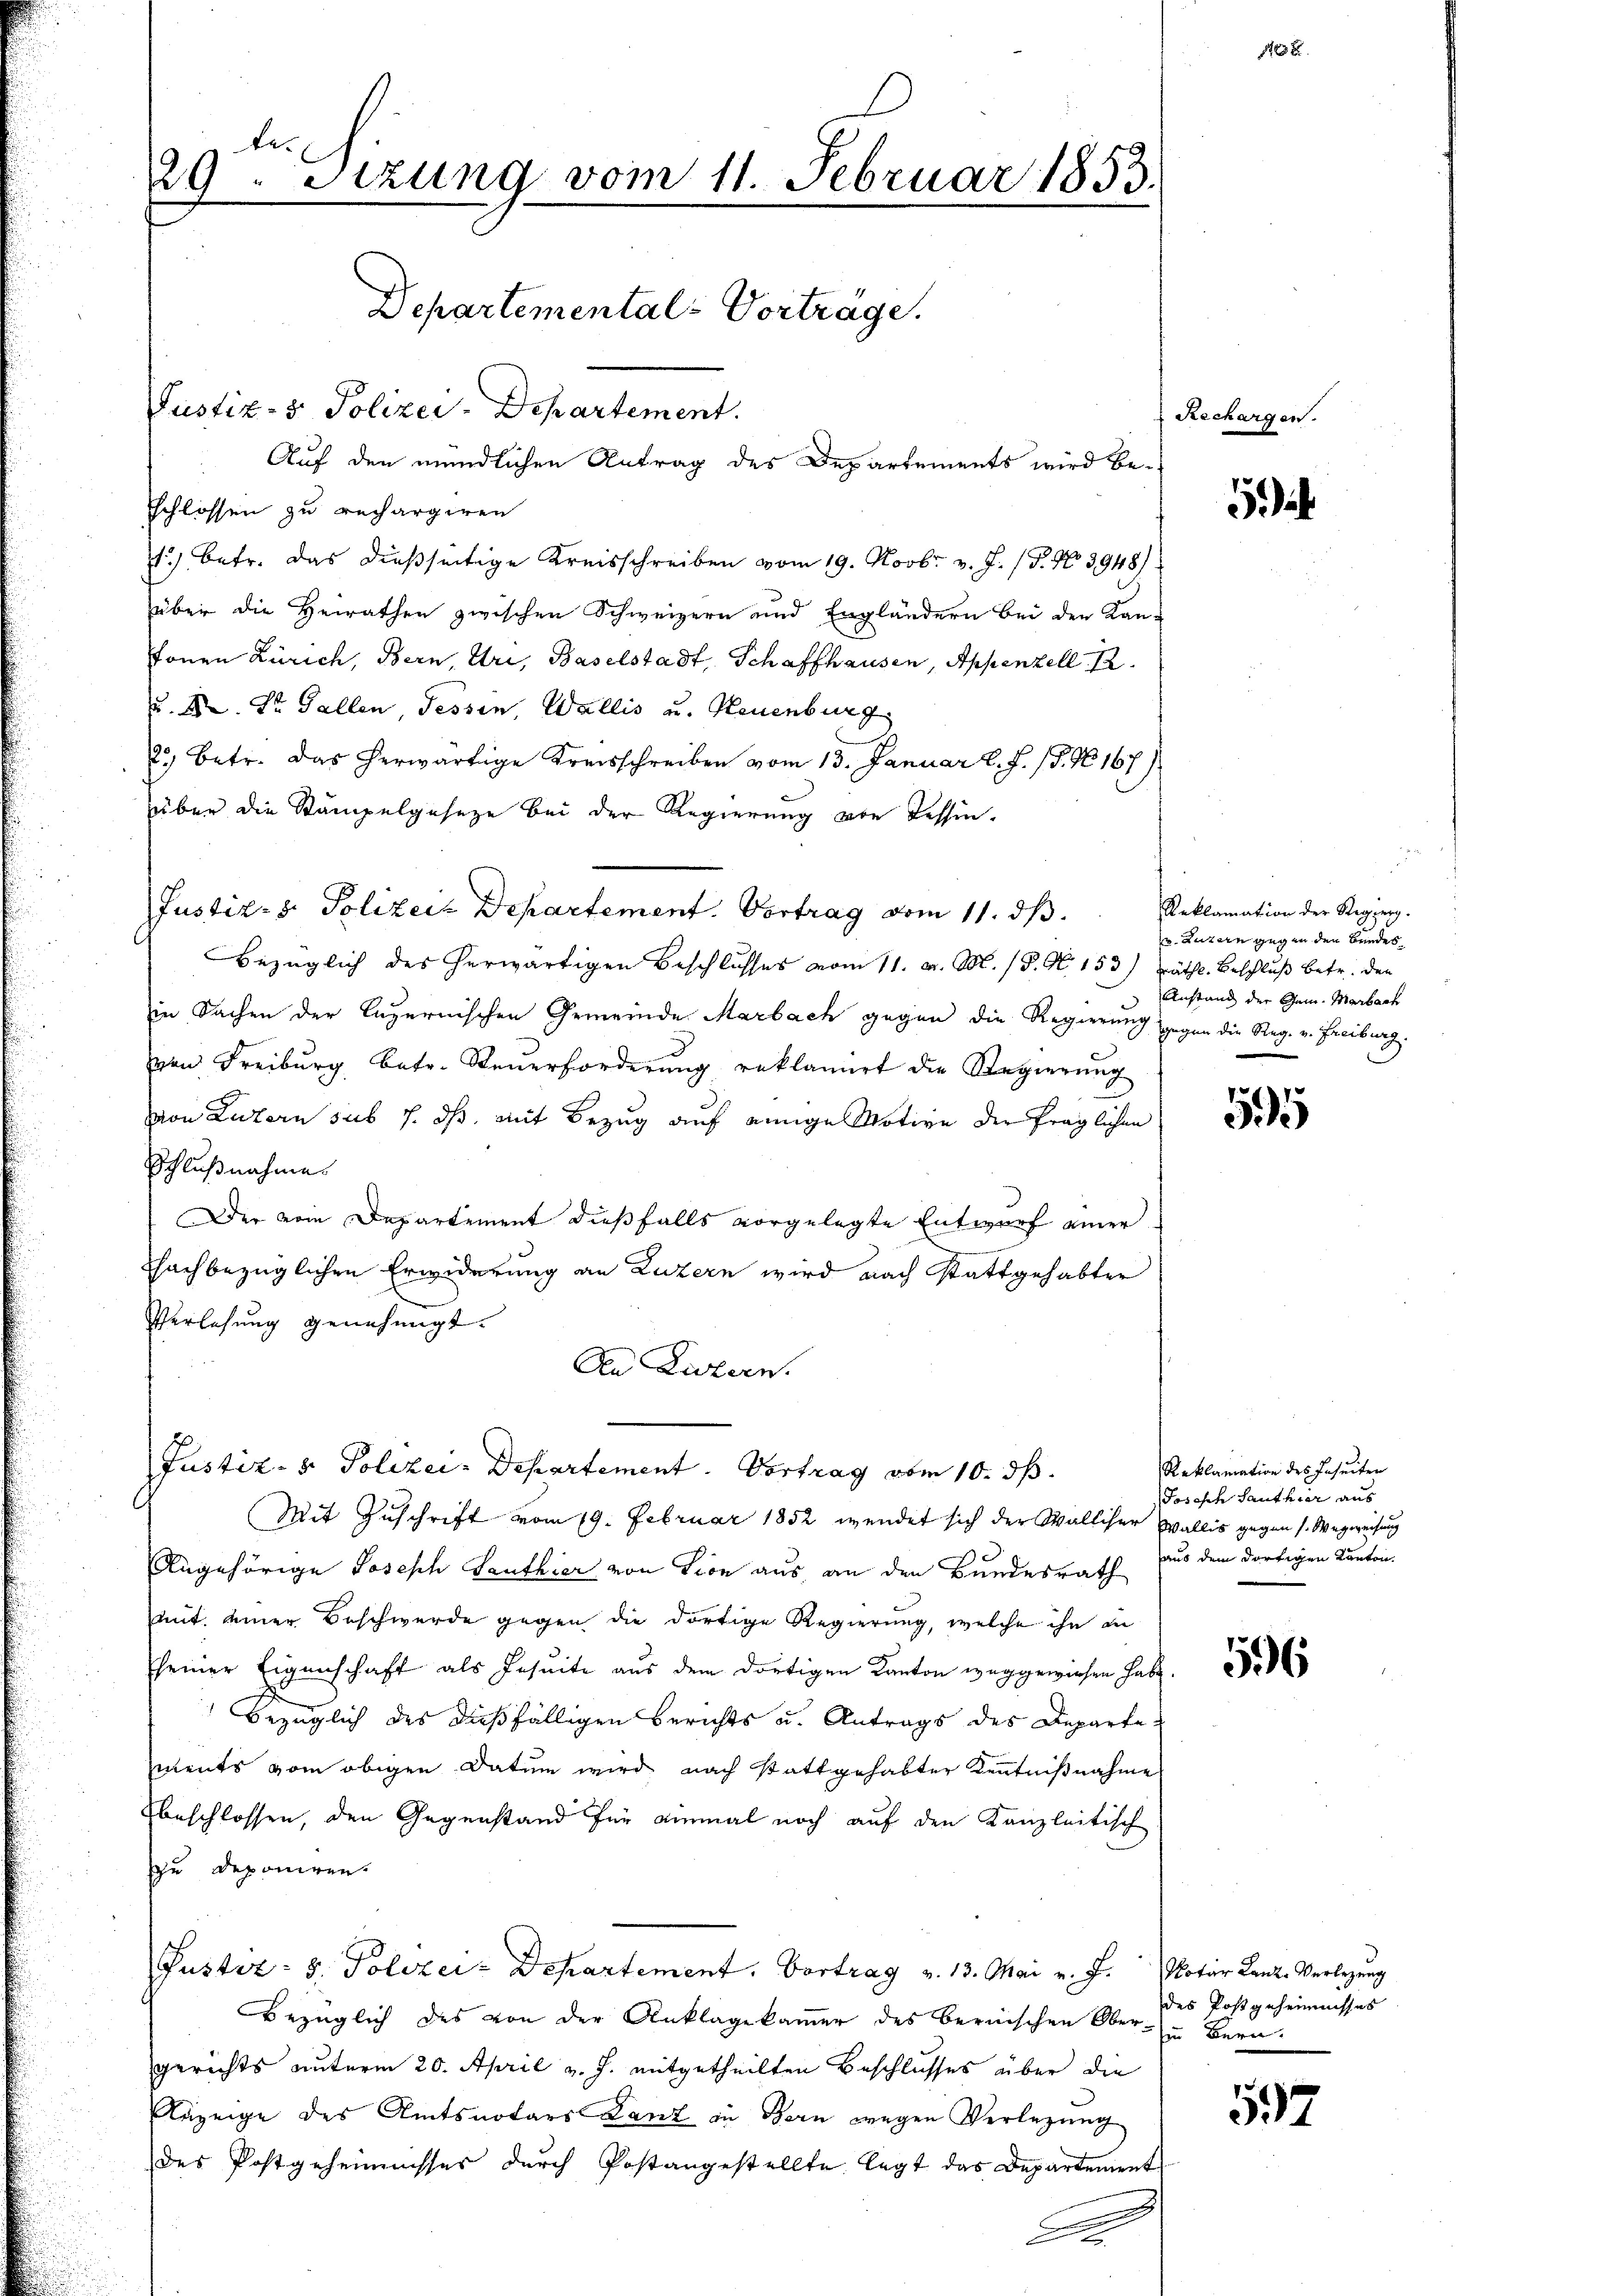
schlossen zu rechargiren
f.) betr. das dießseitige Kreisschreiben vom 19. Novbr. v. J. (T. No 3948)
über die Heirathen zwischen Schweizern und Engländern bei den Kan-
stonen Zürich, Bern, Uri, Baselstadt, Schaffhausen, Appenzell 12.
u. M. Dr. Fallen, Tessin, Wallis u. Neuenburg
2) Betr. das herwärtige Kreisschreiben vom 13. Januar l. J. 18. No. 167)
über die Stampelgesetze bei der Regierung von Tessin.
bezüglich des herwärtigen Beschlusses vom 11. d. M. P. Nr. 153) räthl. Beschluß betr. den
in Sachen der Luzernischen Gemeinde Marbach gegen die Regierung gegen die Reg. v. Freiburg.
von Freiburg betr. Steuerforderung reklamirt die Regierung
von Luzern sub 1. ds mit Bezug auf einige Motive der fraglichen
Schlußnahme.
Der vom Departement dießfalls vorgelegte Entwurf einer
chachbezüglichen Erwiderung an Luzern wird nach stattgehabter
Verlesung genehmigt.
An Listern.
Justiz- & Polizei- Departement. Vortrag vom 10. ds.
Mit Zuschrift vom 19. Februar 1852 wendet sich der Walliser Wallis gegen s. Wegweisung
Angehörige Joseph Lanthier von Vion aus, an den Bundesrath
mit einer Beschwerde gegen die dortige Regierung, welche ihn in
sseiner Eigenschaft als Jesuite aus dem dortigen Kanton weggewiesen habe.
bezüglich des dießfälligen Berichts u. Antrags des Departe
Iments vom obigen Datum wird nach stattgehabter Kenntnißnahme
Ebeschlossen, den Gegenstand für einmal noch auf den Kanzleitisch
zu deponiren.
Pustiz- & Polizei-Departement. Vortrag v. 13. Mai v. J. Notar Lanze Verlegung
Bezüglich des von der Anklagekammer des bernischen Ober- u Bern,
gerichts unterm 20. April v. J. mitgetheilten Beschlusses über die
Anzeige des Amtsnotars Lanz in Bern wegen Verlegung
des Postgeheimisses durch Postangestellte legt das Departement
3
F

te.
29. Sitzung vom 11. Februar 1853.
Departemental-Vorträge.
Justiz- & Polizei-Departement.
Auf den mündlichen Antrag des Departements wird be¬

Justiz- & Polizeit Departement. Vortrag vom 11. ds.

Rechargen.

d

238

5 Jah

Reklamation der Regieng.
u Luzern gegen den Bundes
Anstand der Gem. Marbach

595

Reklamation des Inseiten
Joseph Santhier aus
aus dem dortigen Kanton.

596

des Postgeheimnisses

597